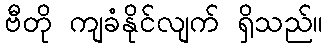
ဗီတို ကျခံနိုင်လျက် ရှိသည်။